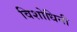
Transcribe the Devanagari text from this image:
विशोधिनी